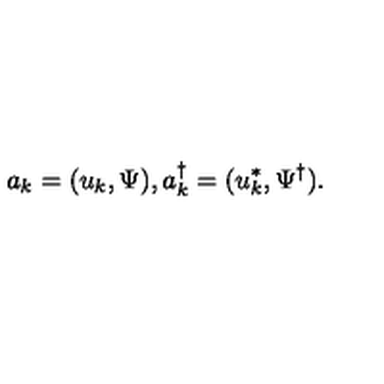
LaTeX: a _ { k } = ( u _ { k } , \Psi ) , a _ { k } ^ { \dagger } = ( u _ { k } ^ { * } , \Psi ^ { \dagger } ) .